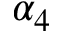
\alpha _ { 4 }